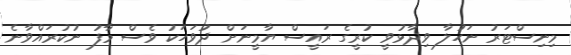
މިނިސްޓަރު ނަހުލާ ވިދާޅުވީ ކުރީގެ ރައީސް ޔާމީނަށް ދުވަހަކު ވެސް މާފު ނުކުރައްވާނެ